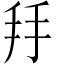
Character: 𢪒